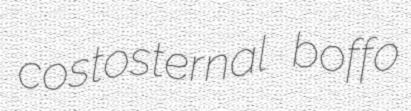
costosternal boffo